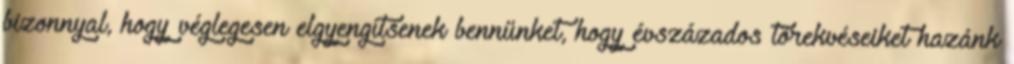
bizonnyal, hogy véglegesen elgyengítsenek bennünket, hogy évszázados törekvéseiket hazánk